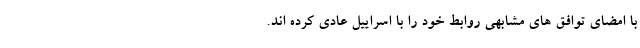
با امضای توافق های مشابهی روابط خود را با اسراییل عادی کرده اند.